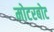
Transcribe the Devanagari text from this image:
मोटरबोट